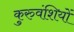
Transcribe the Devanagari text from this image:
कुरुवंशियों